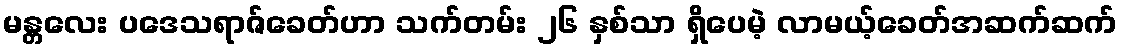
မန္တလေး ပဒေသရာဇ်ခေတ်ဟာ သက်တမ်း ၂၆ နှစ်သာ ရှိပေမဲ့ လာမယ့်ခေတ်အဆက်ဆက်